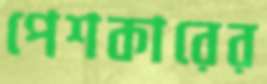
পেশকারের